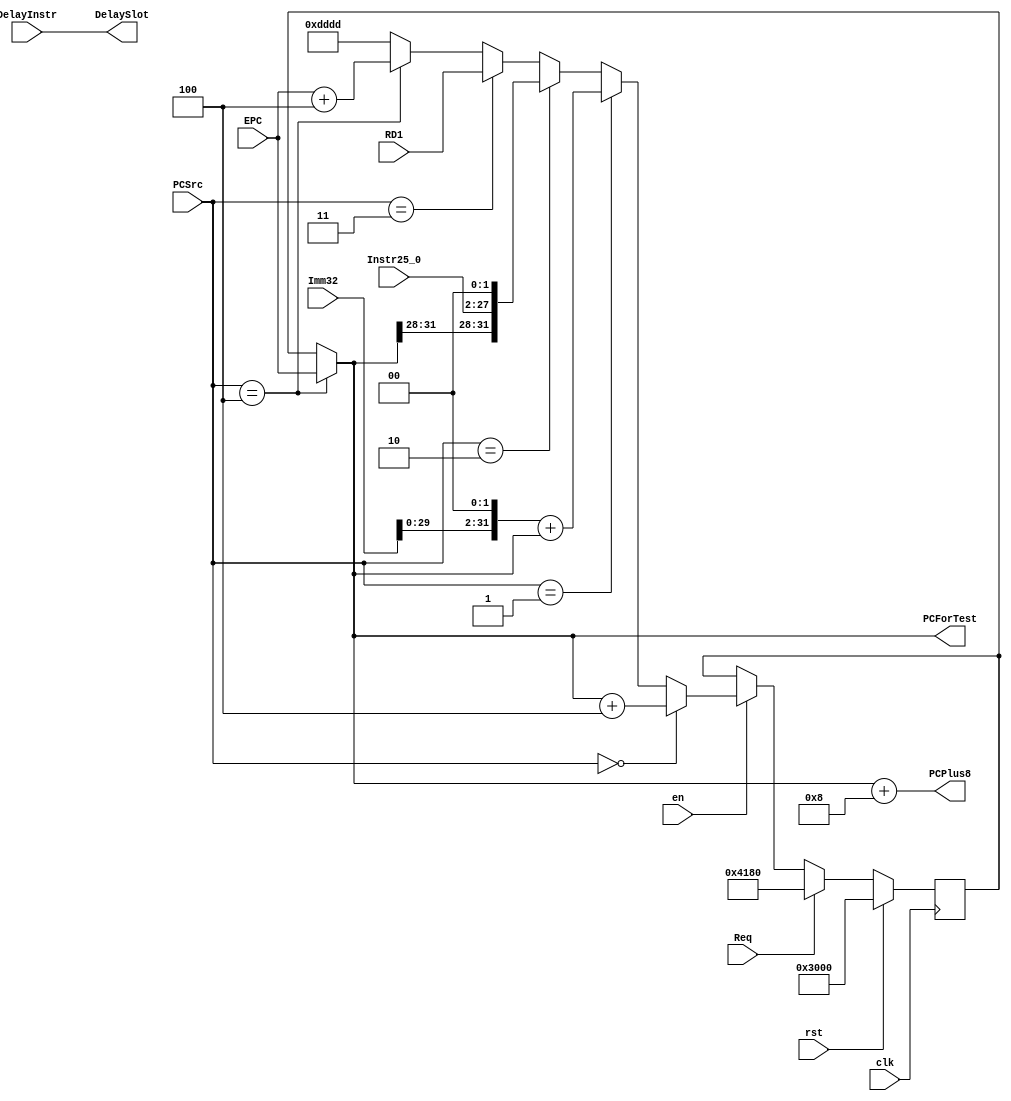
`timescale 1ns / 1ps
`default_nettype none 
module IFU (
    input wire clk, rst, en,
    input wire [31:0] Imm32,
    input wire [25:0] Instr25_0,
    input wire [31:0] RD1,
    input wire [2:0] PCSrc,
    input wire DelayInstr,
    input wire Req,
    input wire [31:0] EPC,

    output wire [31:0] PCPlus8,
    output wire [31:0] PCForTest,
    output wire DelaySlot
);
    reg [31:0] PC;
    assign PCForTest = (PCSrc == 3'b100) ? EPC : PC;    // ERET: , nop
    reg [31:0] PCPlus4Reg, PCPlus8Reg, PCBranchReg, PCJumpReg, PCRegReg;
    wire [31:0] muxResult;
    assign PCPlus8 = PCPlus8Reg;

    assign DelaySlot = DelayInstr;

    always @(*) begin
        PCPlus4Reg = PCForTest + 32'd4; // TODO: , , ERET
        PCPlus8Reg = PCForTest + 32'd8;
        PCBranchReg = {{Imm32[29:0]}, 2'b00} + PCForTest;
        PCJumpReg = {{PCForTest[31:28]}, {Instr25_0}, 2'b00};
        PCRegReg = RD1;
    end

    assign muxResult =  (PCSrc == 3'b000) ? PCPlus4Reg :
                        (PCSrc == 3'b001) ? PCBranchReg :
                        (PCSrc == 3'b010) ? PCJumpReg :
                        (PCSrc == 3'b011) ? PCRegReg : 
                        (PCSrc == 3'b100) ? (EPC + 32'd4) : 32'hdddd;   // ERET: , nop
    
    always @(posedge clk) begin
        if (rst) begin
            PC <= 32'h0000_3000;
        end else if (Req) begin
            PC <= 32'h0000_4180;
        end else if (en) begin
            PC <= muxResult;
        end
    end
    
endmodule